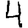
Digit: 4